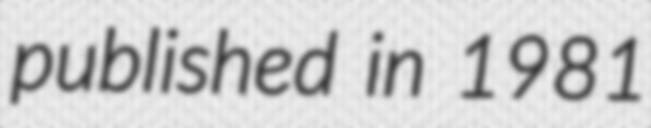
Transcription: published in 1981